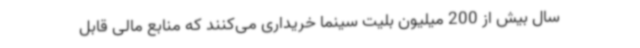
سال بیش از 200 میلیون بلیت سینما خریداری می‌کنند که منابع مالی قابل